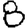
Digit: 8